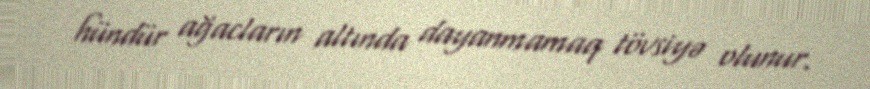
hündür ağacların altında dayanmamaq tövsiyə olunur.